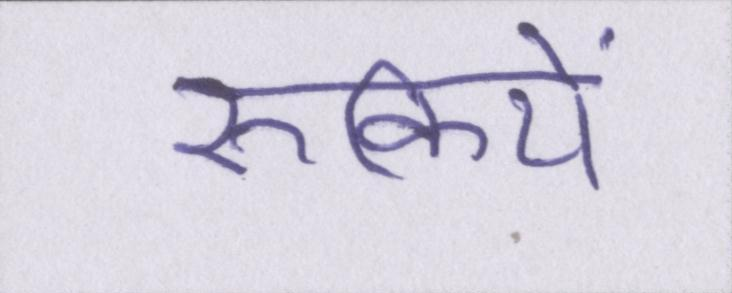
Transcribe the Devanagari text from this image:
रुकिये